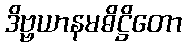
ဒိဗ္ဗယာနမဓိဋ္ဌိတော